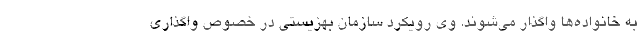
به خانواده‌ها واگذار می‌شوند. وی رویکرد سازمان بهزیستی در خصوص واگذاری